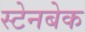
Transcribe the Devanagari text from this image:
स्टेनबेक